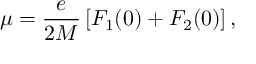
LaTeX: \mu = \frac { e } { 2 M } \left[ F _ { 1 } ( 0 ) + F _ { 2 } ( 0 ) \right] ,